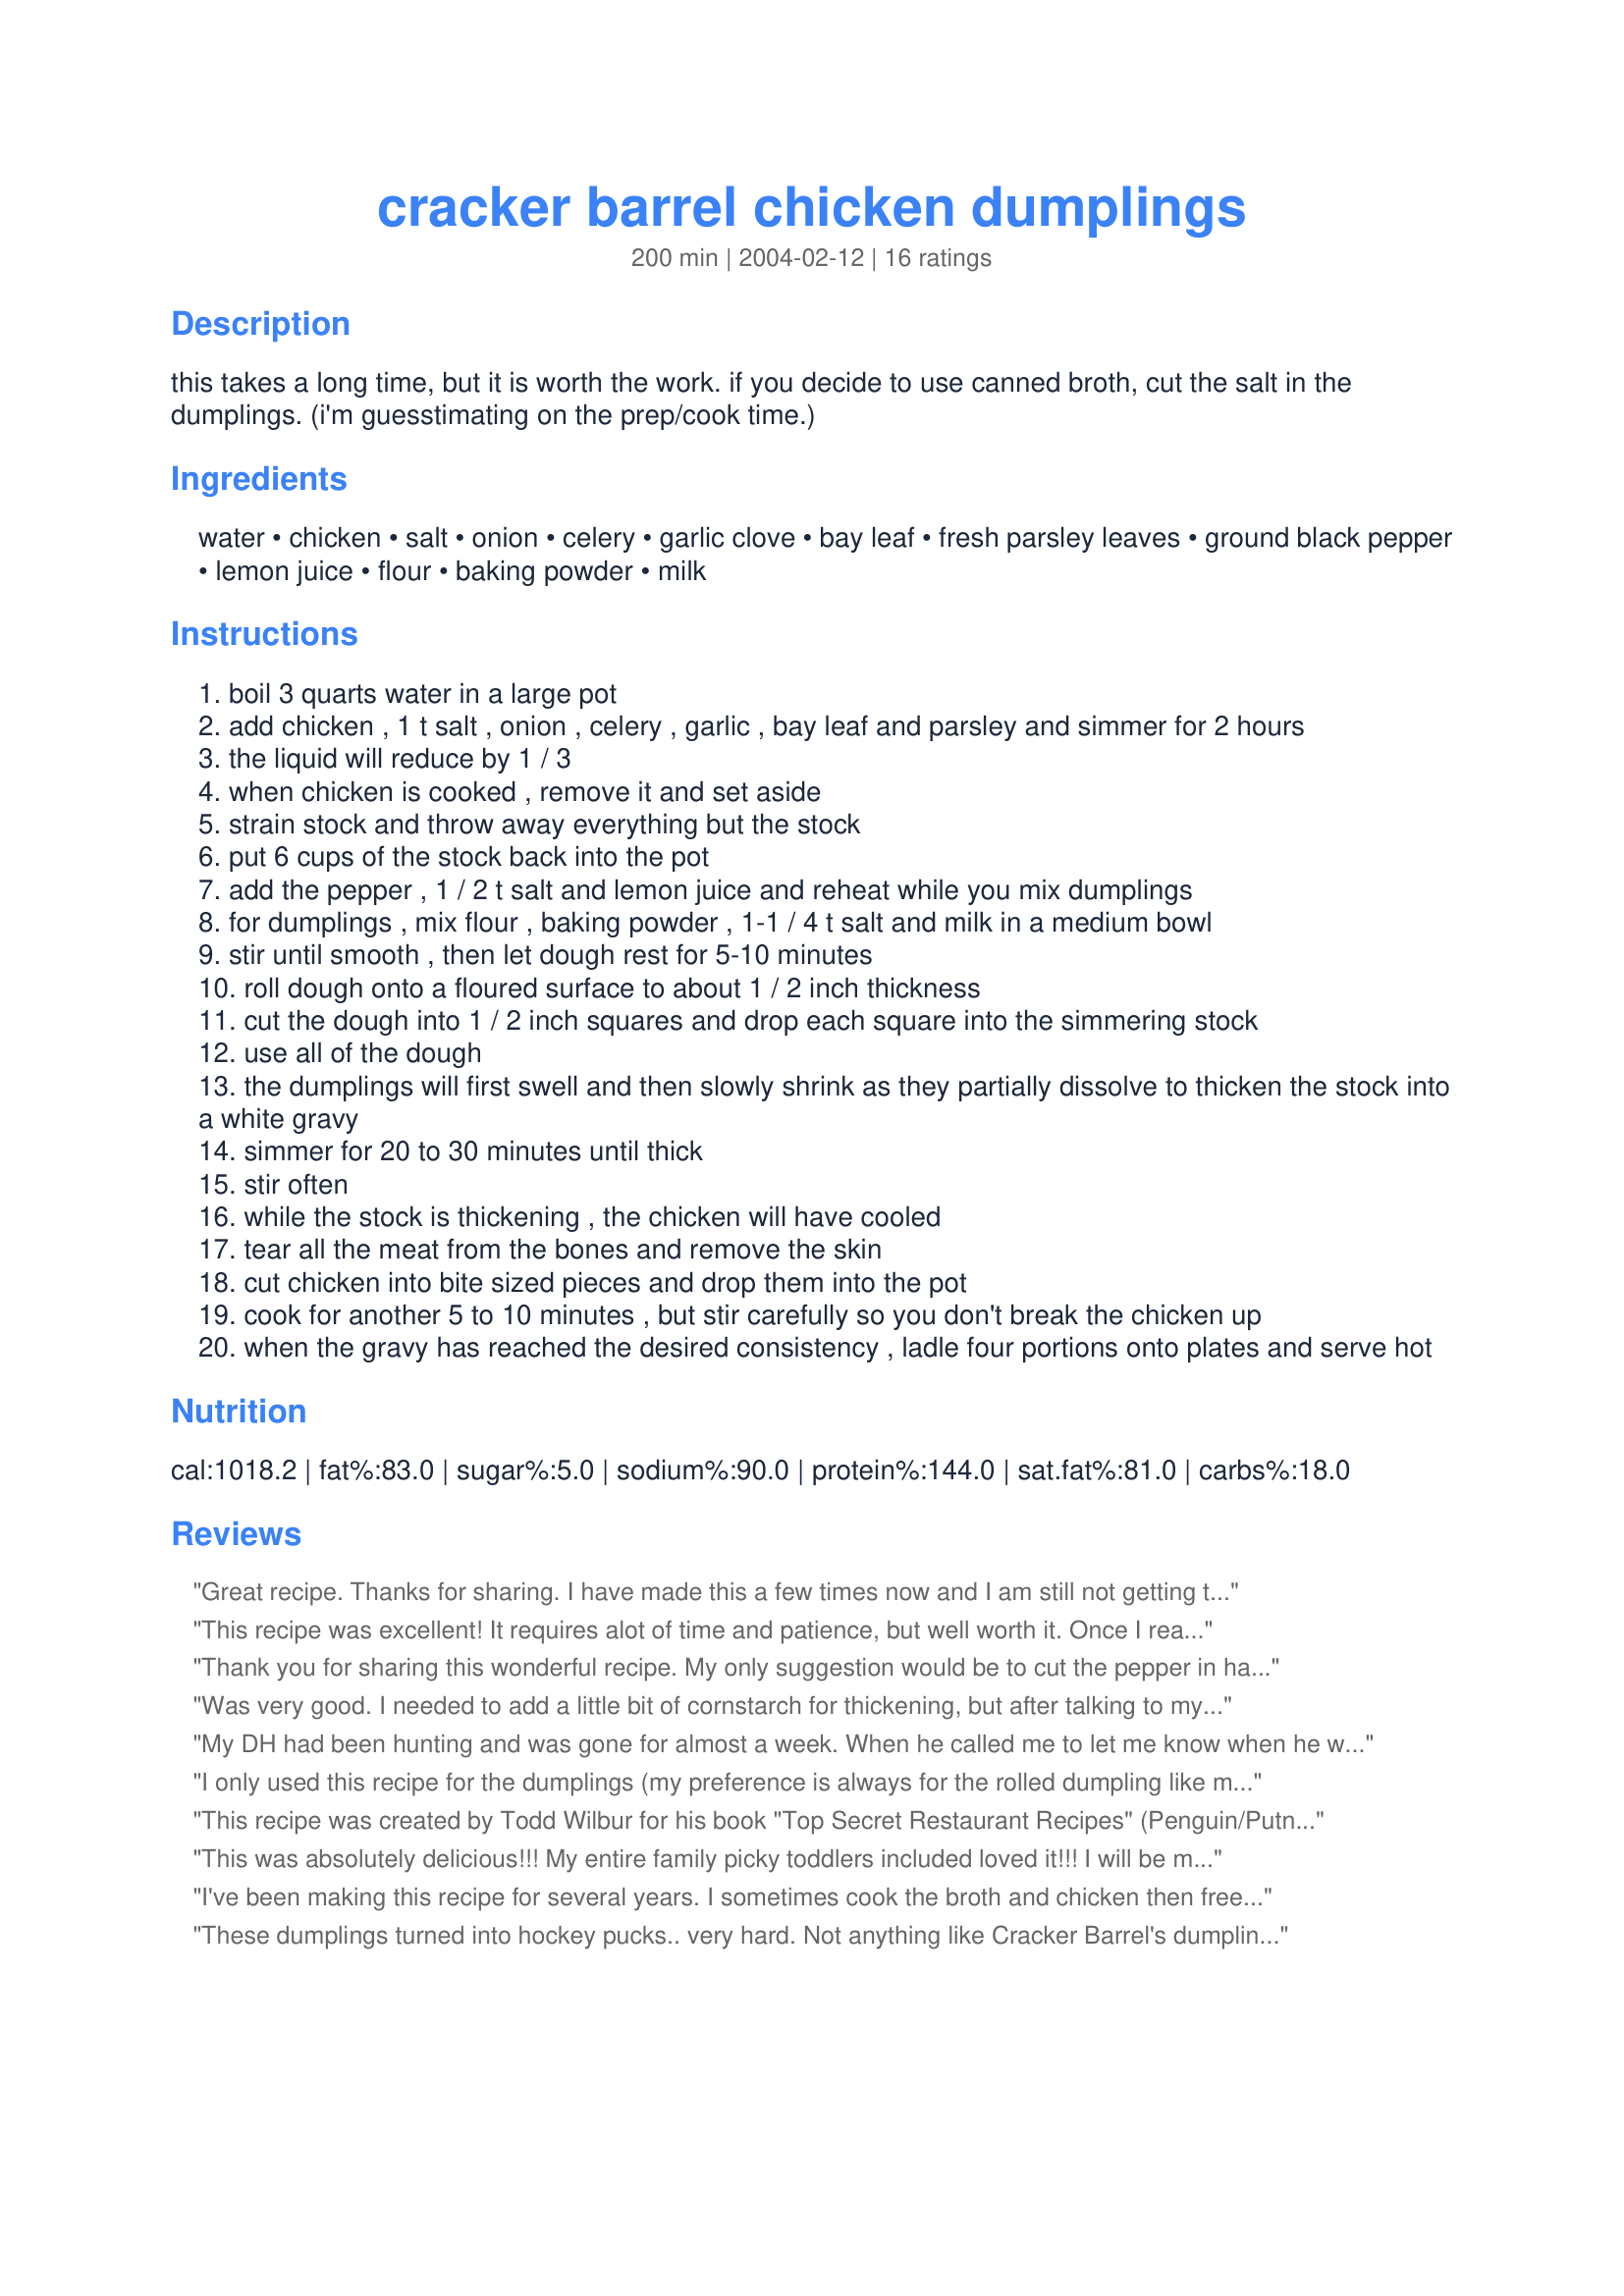
cracker barrel chicken dumplings
Preparation time: 200 minutes

this takes a long time, but it is worth the work. if you decide to use canned broth, cut the salt in the dumplings. (i'm guesstimating on the prep/cook time.)

Ingredients:
water, chicken, salt, onion, celery, garlic clove, bay leaf, fresh parsley leaves, ground black pepper, lemon juice, flour, baking powder, milk

Steps:
boil 3 quarts water in a large pot
add chicken , 1 t salt , onion , celery , garlic , bay leaf and parsley and simmer for 2 hours
the liquid will reduce by 1 / 3
when chicken is cooked , remove it and set aside
strain stock and throw away everything but the stock
put 6 cups of the stock back into the pot
add the pepper , 1 / 2 t salt and lemon juice and reheat while you mix dumplings
for dumplings , mix flour , baking powder , 1-1 / 4 t salt and milk in a medium bowl
stir until smooth , then let dough rest for 5-10 minutes
roll dough onto a floured surface to about 1 / 2 inch thickness
cut the dough into 1 / 2 inch squares and drop each square into the simmering stock
use all of the dough
the dumplings will first swell and then slowly shrink as they partially dissolve to thicken the stock into a white gravy
simmer for 20 to 30 minutes until thick
stir often
while the stock is thickening , the chicken will have cooled
tear all the meat from the bones and remove the skin
cut chicken into bite sized pieces and drop them into the pot
cook for another 5 to 10 minutes , but stir carefully so you don't break the chicken up
when the gravy has reached the desired consistency , ladle four portions onto plates and serve hot

Reviews:
Great recipe. Thanks for sharing. I have made this a few times now and I am still not getting the salt and pepper mixtures exactly right - but it is getting there. I also like the broth thicker than it was getting on it's own (even after letting it cook) - so I added a little corn startch/water mixture to help it a little.
This recipe was excellent! It requires alot of time and patience, but well worth it. Once I really floured the surface and batter, it was a whole lot easier to work with.
Thank you for sharing this wonderful recipe. My only suggestion would be to cut the pepper in half. We all agreed that the pepper was way to overpowering. Other than that it turn out amazing.
Was very good. I needed to add a little bit of cornstarch for thickening, but after talking to my sister she said I needed to cook the dumplings on a lower heat and longer. I did double my dumpling recipe! Yummy!
My DH had been hunting and was gone for almost a week. When he called me to let me know when he would be home, I told him I was makeing chicken n dumplins for supper. He drove about 300 miles with out stoping so he could get home and have some!! Come to find out he had been telling his hunting guys about how he would crall 100 miles to eat some of my (Shaye's) C & D. Thank You Shaye.
I only used this recipe for the dumplings (my preference is always for the rolled dumpling like my great-grandmother used to make)...and they turned out just right. I didn't have milk on hand, but did have buttermilk, but they still taste great!
This recipe was created by Todd Wilbur for his book "Top Secret Restaurant Recipes" (Penguin/Putnam) and www.TopSecretRecipes.com
This was absolutely delicious!!! My entire family picky toddlers included loved it!!! I will be making this agai. Its a great alternative to chicken soup on a col, rainy day. Made with Cracker Barrel Green Beans #78938. Awesome that I can now make one of my favorite dishes at home!
I've been making this recipe for several years. I sometimes cook the broth and chicken then freeze for later in the week/month. They freeze well - all you have to do is "melt" the broth and make the dumplings. 
In a pinch canned chicken stock works well too, just cook the chicken pieces in the stock while you make your dumplings. 5 stars at our house!
These dumplings turned into hockey pucks.. very hard. Not anything like Cracker Barrel's dumplings. I guess I just need to keep looking.
This went over really well with my family. I followed the directions exactly, except that I did add a little chicken bouillon instead of salt. <br/>I agree with Chef #600333. Using enough flour to make the dumplings makes it easier. Since the batter was so "loose", I put a huge spoonful of it on a well floured surface, covered it generously with more flour, pressed it out with my hands and cut it with a large butcher's knife. I gently lifted the dumplings up, let the excess flour fall through my fingers and tossed them into the boiling broth.<br/>Thanks for a great recipe!
This is by far the BEST recipe ever for Chicken and Dumplings!
Thank you Shayne for your posting.
I am so sorry I didn't review this before. I made it again last night for the 2nd time and it is just fabulous. I was really suspicious of the dumpling technique, but it is hands down the best chix & dumplings I have ever made !!
Loved this!
Can'wait to make it again.
this recipe was great, it was a little thinner than i expected next time i will thicken the sauce a bit.
Awesome recipe!! Everyone liked it and it was easy to make. Great tip about the pizza cutter!!
